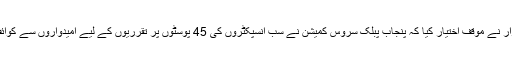
درخواست گزار نے موقف اختیار کیا کہ پنجاب پبلک سروس کمیشن نے سب انسپکٹروں کی 45 پوسٹوں پر تقرریوں کے لیے امیدواروں سے کوائف طلب کیے۔